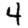
Digit: 4